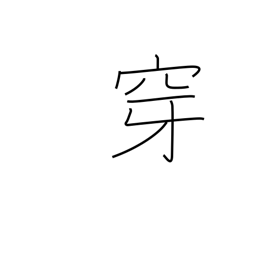
Meaning: put on (to the feet)